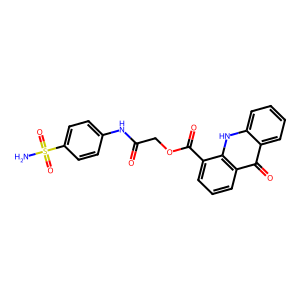
SMILES: NS(=O)(=O)c1ccc(NC(=O)COC(=O)c2cccc3c(=O)c4ccccc4[nH]c23)cc1
Inhibits HIV replication: No